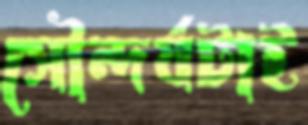
সৌন্দর্যটাই